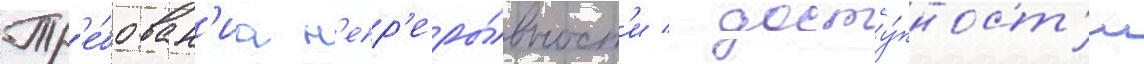
Тр'е́бован'иа н'епр'еры́вност'и / досту́пност'и